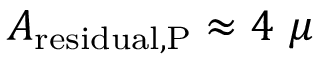
A _ { \mathrm { r e s i d u a l , P } } \approx 4 ~ \mu